Vaccination in Bombay 1889-1901 - 1889-1901
Year: 1889
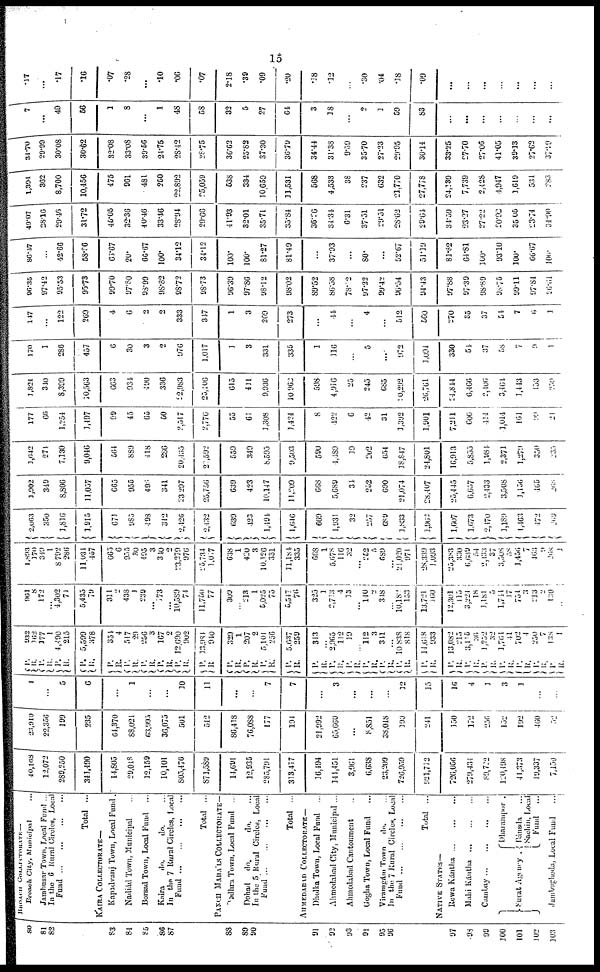
15
80
81
82
83
84
85
86
87
88
89
90
91
92
93
94
95
97
98
99
100
101
102
103
BROACH COLLECTORATE—
Broach City, Municipal ...
Jambusar Town, Local Fund ...
In the 6 Rural Circles, Local
Fund
...
...
...
...
Total ...
KAIRA COLLECTORATE—
Kapadvanj Town, Local Fund .
Nadiád Town, Municipal ...
Borsad Town, Local Fund ...
Kaira
do.
do. ...
In the 7 Rural Circles, Local
Fund
...
...
...
...
Total ...
PANCH MAHÁLS COLLECTORATE—
Goghra Town, Local Fund ...
Dohad
do.
do. ...
In the 5 Rural Circled, Local
Fund
...
...
...
...
Total ...
AHMEDABAD COLLECTORATE—
Dholka Town, Local Fund ...
Ahmedabad City, Municipal ...
Ahmedabad Cantonment ...
Gogha Town, Local Fund ...
Viraingám Town
do. ...
In the 7 Rural Circles, Local
Fund
...
...
...
...
Total ...
NATIVE STATES—
Rewa Kántha
...
...
...
Mahi Kántha
...
...
...
Cambay
...
...
...
...
Surat Agency .
Dharampor .
Bánsda ...
Sachin, Local
Fund ...
Jambughoda, Local Fund
40,168
12,072
289,250
341,490
14,805
29,018
12,159
10,101
805,476
871,589
14,691
12,935
285,791
313,417
16,494
144,451
3,961
6,638
23,209
726,959
921,712
726,056
279,434
89,722
120,498
41,373
19,337
7,150
23,910
22,356
199
235
64,370
88,024
63,995
36,075
501
542
86,418
76,058
177
194
21,992
65,660
...
8,851
38,048
190
241
150
172
256
152
192
460
52
1
...
5
6
...
1
...
...
10
11
...
...
7
7
...
3
...
...
...
12
15
16
4
1
3
1
...
...
P.
R.
P.
R.
P.
R.
P.
R.
P.
R.
P.
R.
P.
R.
P.
R. P.
R.
P.
R.
P.
R.
P.
R.
P.
R.
P.
R.
P.
R.
P.
R.
P.
R.
P.
R.
P.
R.
P.
R.
P.
R.
P.
R.
P.
R.
P.
R.
P.
R.
P.
R.
P.
R.
P.
R.
932
162
377
1
4,490
215
5,599
378
354
4
517
29
256
3
167
2
12,690
902
13,984
940
329
1
207
2
5,101
256
5,637
259
343
...
2,965
112
19
...
112
3
311
...
10,838
818
14,618
933
13,082
215
3,415
36
1,252
32
1,764
41
702
4
250
7
138
1
961
8
172
...
4,302
71
5,435
79
311
2
438
1
239
...
173
...
10,589
74
11,750
77
309
...
213
1
5,025
75
5,547
76
325
1
2,713
4
13
...
140
2
318
...
10,183
153
13,721
160
12,301
115
3,224
18
1,181
5
1,744
17
751
3
113
2
130
...
1,893
170
349
1
8,792
286
11031
457
665
6
955
30
495
3
340
2
23,270
976
25,734
1,017
638
1
420
3
10,126
331
11,184
335
668
1
5,078
116
32
...
252
5
689
...
21,020
971
28,339
1,093
25,383
330
6,039
54
2,433
37
3,508
58
1,456
7
10:!
9
268
1
2,063
350
1,816
1,915
671
985
498
342
2,426
2,432
639
423
1,494
1,046
669
1,931
32
257
689
1,833
1,962
1,607
1,673
2,470
1,189
1,463
472
269
3,902
349
8,806
11,057
665
955
496
341
23,297
25,756
639
423
10,147
11,209
668
5,689
34
252
690
21,074
28,407
25,445
6,657
2,433
3,508
1,156
465
268
3,642
274
7,130
9,046
564
889
418
286
20,435
27,592
559
349
8,595
9,503
590
4,489
19
202
654
18,847
24,801
16,913
5,855
1,984
2,371
1,279
350
235
177
66
1,254
1,497
99
45
65
50
2,517
2,776
55
61
1,308
1,424
8
422
6
42
31
1,392
1,901
7,211
606
444
1,014
161
9 9
21
1,824
340
8,399
10,563
663
934
490
336
2,983
25,406
615
411
9,936
10,962
598
4,916
25
245
685
20,292
20,761
24,844
6,466
2,406
3,404
1,443
153
259
170
1
286
457
6
30
3
2
970
1,017
1
3
331
335
1
116
...
5
...
972
1,094
330
54
37
58
7
9
1
147
...
122
269
4
6
2
2
333
347
1
3
269
273
...
44
...
4
...
512
560
270
35
37
54
7
6
1
96.35
97.42
95.53
95.73
99.70
97.80
98.99
98.82
98.72
98.73
96.39
97.86
98.12
98.02
89.52
86.58
78.02
97.22
99.42
90.54
94.43
97.88
97.39
98.89
98.75
99.11
97.84
96.61
86.47
...
42.66
58.86
66.67
20.
66.67
100.
34.12
34.12
100.
100.
81.27
81.49
...
37.93
...
80.
...
52.67
51.19
81.82
64.81
100.
93.10
100.
66.67
100.
49.07
28.16
29.46
31.72
45.05
32.36
40.40
33.46
28.94
29.66
41.93
32.01
35.71
35.84
36.26
34.34
6.31
37.51
29.51
28.62
29.64
34.59
23.27
27.22
20.92
...
23.74
34.90
1,394
362
8,700
10,456
475
961
481
250
22,892
25,059
538
334
10,659
11,531
568
4,533
38
237
632
21,770
27,778
24,139
7,739
2,428
1,947
...
531
283
34.70
29.99
30.08
30.62
32.08
33.08
39.56
24.75
28.42
28.75
36.62
25.82
37.30
36.79
34.44
31.38
9.59
35.70
27.23
29.95
30.14
33.25
27.70
27.06
41.05
...
27.62
37.49
7
...
49
56
1
8
...
1
48
58
32
5
27
64
3
18
...
2
3
59
83
...
...
...
...
...
...
...
.17
...
.17
.16
.07
.28
...
.10
.06
.07
2.18
.39
.09
.20
.18
.12
...
.30
.04
.18
.09
...
...
...
...
...
...
...